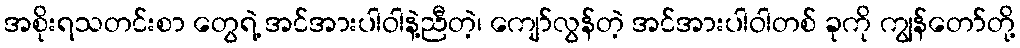
အစိုးရသတင်းစာ တွေရဲ့ အင်အားပါဝါနဲ့ညီတဲ့၊ ကျော်လွန်တဲ့ အင်အားပါဝါတစ် ခုကို ကျွန်တော်တို့